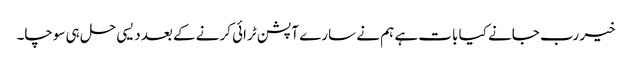
خیر رب جانے کیا بات ہے ہم نے سارے آپشن ٹرائی کرنے کے بعد دیسی حل ہی سوچا۔